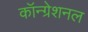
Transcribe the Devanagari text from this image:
कॉन्ग्रेशनल